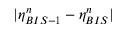
| \eta _ { B I S - 1 } ^ { n } - \eta _ { B I S } ^ { n } |